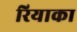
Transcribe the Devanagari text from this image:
रियाका